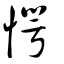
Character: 㦍